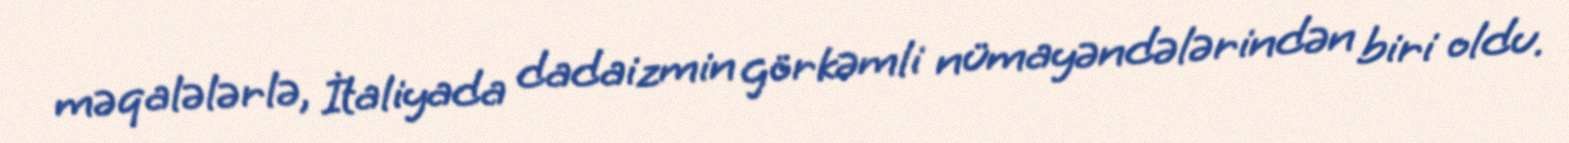
məqalələrlə, İtaliyada dadaizmin görkəmli nümayəndələrindən biri oldu.